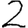
Digit: 2